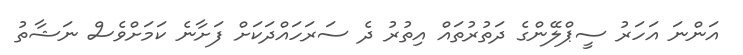
އަންނަ އަހަރު ސީޕްލޭންގެ ދަތުރުތައް އިތުރު ދެ ސަރަހައްދަކަށް ފަށާނެ ކަަމަށްވެސް ނަޝާތު